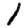
Digit: 1